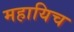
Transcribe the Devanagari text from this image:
महायिच